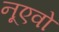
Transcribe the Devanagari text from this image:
नूएवो